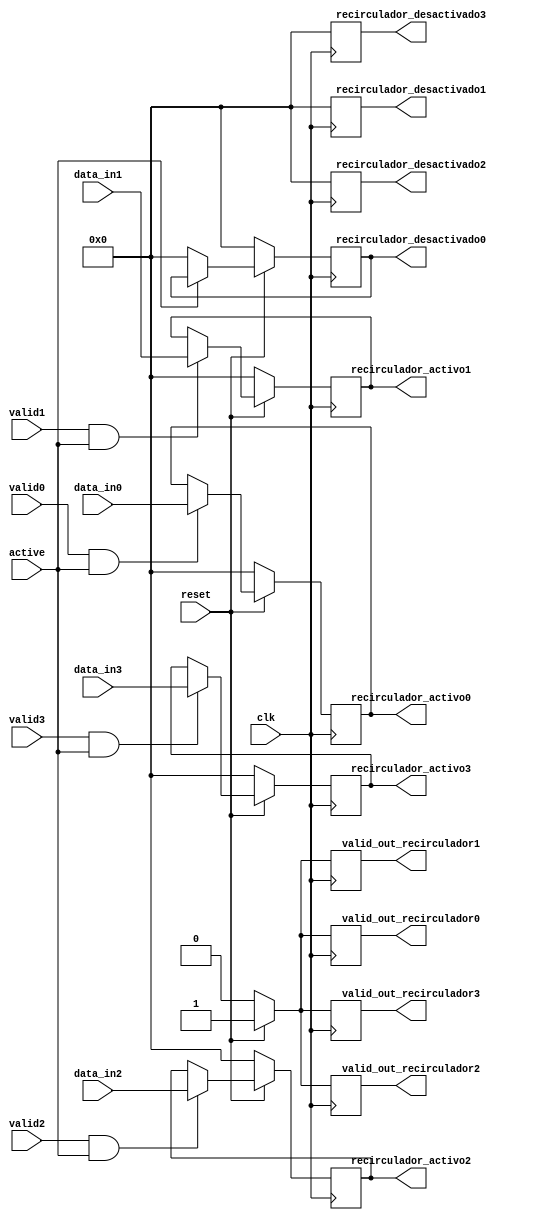
//PRIMER AVANCE

module recirculador(
	//ETAPA FLOPS
	//SE TIENEN 8x4 bits de entrada (32 bits) y un bit para valid 4 entradas
	input [7:0] data_in0,
	input [7:0] data_in1,
	input [7:0] data_in2,
	input [7:0] data_in3,
	input valid0,
	input valid1,
	input valid2,
	input valid3,

	//clock
	input clk,
	//senal de activacion
	input reset,
	
	//entrada active viene del bloque serial a pararelo no se define aun su contenido
	input active,
	
	//SALIDAS 32 BITS
	output reg valid_out_recirculador0,
	output reg valid_out_recirculador1,
	output reg valid_out_recirculador2,
	output reg valid_out_recirculador3,
	
	//activo se dirige la logica al mux L1
	output reg [7:0] recirculador_activo0,
	output reg [7:0] recirculador_activo1,
	output reg [7:0] recirculador_activo2,
	output reg [7:0] recirculador_activo3,
	
	//inactivo se dirige la logica hacia el probador
	output reg [7:0] recirculador_desactivado0,
	output reg [7:0] recirculador_desactivado1,
	output reg [7:0] recirculador_desactivado2,
	output reg [7:0] recirculador_desactivado3
	
);

	always @(posedge clk) 
	
	begin
		
		if (reset==0)			//si reset es 0 se asigna un 0 en salida valid
			begin				//info de entrada se asigna a recirculador para salida inactivo
					
					valid_out_recirculador0 <= 0;
					valid_out_recirculador1 <= 0;
					valid_out_recirculador2 <= 0;
					valid_out_recirculador3 <= 0;
					
					recirculador_desactivado0 <= 0;
					recirculador_desactivado1 <= 0;
					recirculador_desactivado2 <= 0;
					recirculador_desactivado3 <= 0;
					
					recirculador_activo0 <= 0;
					recirculador_activo1 <= 0;
					recirculador_activo2 <= 0;
					recirculador_activo3 <= 0;
			
			end
		
		else if(reset ==1)		//si el reset es uno se analizan el flujo de datos *act
			begin
			
			if(valid0==1 && active==1)
			
				recirculador_activo0 <= data_in0;
				valid_out_recirculador0 <= 1;
				
			if(valid1==1 && active==1)
				
				recirculador_activo1 <= data_in1;
				valid_out_recirculador1 <= 1;
				
			if(valid2==1 && active==1)
			
				recirculador_activo2 <= data_in2;
				valid_out_recirculador2 <= 1;
				
			if(valid3==1 && active==1)
				
				recirculador_activo3 <= data_in3;
				
				valid_out_recirculador3 <= 1;
				
			if	(active==0)

					recirculador_desactivado0 <= 0;
					recirculador_desactivado1 <= 0;
					recirculador_desactivado2 <= 0;
					recirculador_desactivado3 <= 0;			
				
				
			end	 	
	
	end
	
endmodule